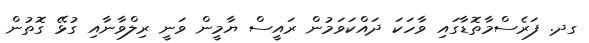
ގދ. ފަރެސްމާތޮޑާގައި ވާހަކަ ދައްކަވަމުން ރައީސް ޔާމީން ވަނީ ރިލްވާނާއި ގުޅޭ ގޮތުން